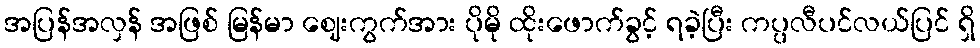
အပြန်အလှန် အဖြစ် မြန်မာ ဈေးကွက်အား ပိုမို ထိုးဖောက်ခွင့် ရခဲ့ပြီး ကပ္ပလီပင်လယ်ပြင် ရှိ